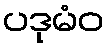
ပဒုမံဝ